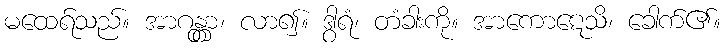
မထေရ်သည်။ အာဂန္တွာ၊ လာ၍။ ဒွါရံ၊ တံခါးကို။ အာကောဋေသိ၊ ခေါက်၏။